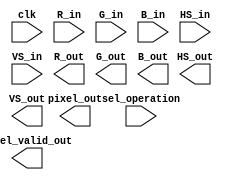
`timescale 1ns / 1ps
//////////////////////////////////////////////////////////////////////////////////
// Company: 
// 
// Design Name: 
// Module Name:    hw6_top 
// Project Name: 
// Target Devices: 
// Tool versions: 
// Description: 
//
// Dependencies: 
//
// Revision: 
// Revision 0.01 - File Created
// Additional Comments: 
//
//////////////////////////////////////////////////////////////////////////////////
module hw6_top(
						clk,
						sel_operation,
						R_in,
						G_in,
						B_in,
						HS_in,
						VS_in,
						pixel_out,
						pixel_valid_out,
						R_out,
						G_out,
						B_out,
						HS_out,
						VS_out
    );
	
//Inputs
input clk;
input sel_operation;
input [7:0] R_in, G_in, B_in;
input HS_in, VS_in;


//Outputs
output [7:0] pixel_out;
output pixel_valid_out;
output [7:0] R_out, G_out, B_out;
output VS_out, HS_out;

//Your code here


endmodule